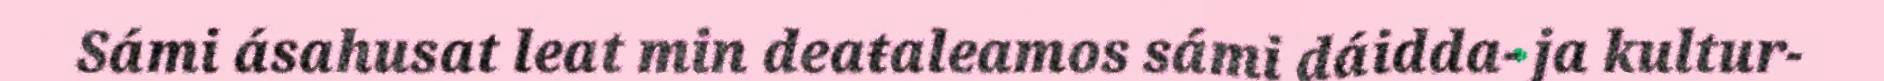
Sámi ásahusat leat min deaŧaleamos sámi dáidda- ja kultur-